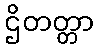
ဌိတတ္တာ